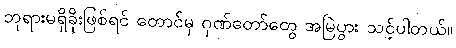
ဘုရားမရှိခိုးဖြစ်ရင် တောင်မှ ဂုဏ်တော်တွေ အမြဲပွား သင့်ပါတယ်။